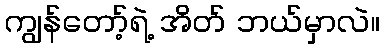
ကျွန်တော့်ရဲ့ အိတ် ဘယ်မှာလဲ။